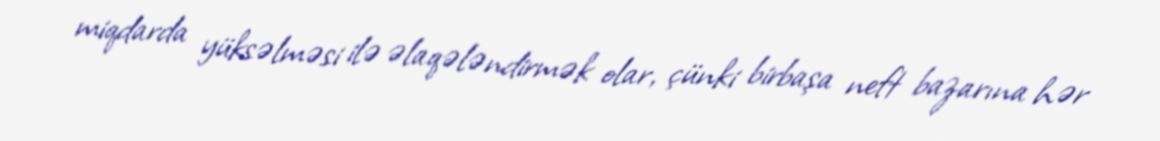
miqdarda yüksəlməsi ilə əlaqələndirmək olar, çünki birbaşa neft bazarına hər